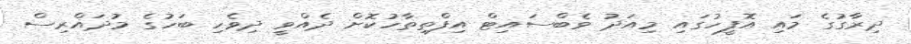
ދިރާގުގެ މައި އޮފީހުގައި މިއަދު ވެބްސައިޓް އިފްތިތާހުކޮށް ދެއްވީ ދިވެހި ބަހުގެ މުދައްރިސް